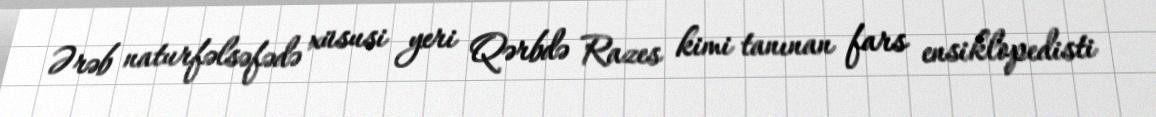
Ərəb naturfəlsəfədə xüsusi yeri Qərbdə Razes kimi tanınan fars ensiklopedisti